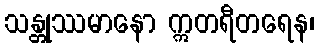
သန္တုဿမာနော ဣတရီတရေန၊